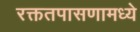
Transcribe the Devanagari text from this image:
रक्ततपासणामध्ये